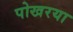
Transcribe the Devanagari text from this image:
पोखरया